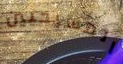
المسيحيين